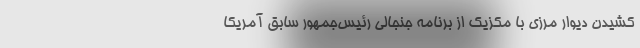
کشیدن دیوار مرزی با مکزیک از برنامه جنجالی رئیس‌جمهور سابق آمریکا